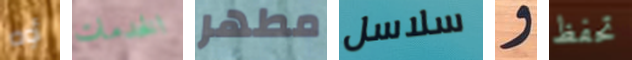
أوه الخدمات مطهر سلاسل و تحفظ